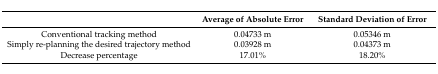
<table><thead><tr><td></td><td><b>Average of Absolute Error</b></td><td><b>Standard Deviation of Error</b></td></tr></thead><tbody><tr><td>Conventional tracking method</td><td>0.04733 m</td><td>0.05346 m</td></tr><tr><td>Simply re-planning the desired trajectory method</td><td>0.03928 m</td><td>0.04373 m</td></tr><tr><td>Decrease percentage</td><td>17.01%</td><td>18.20%</td></tr></tbody></table>